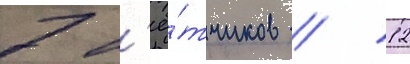
7 л'ё́тчиков / 12